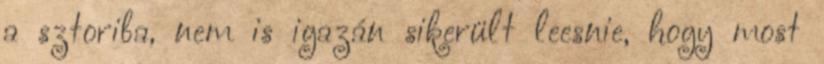
a sztoriba, nem is igazán sikerült leesnie, hogy most